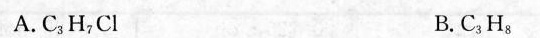
A.C_{3}H_{7}Cl B.C_{3}H_{8}